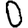
Digit: 0